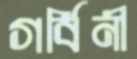
গর্বিনী